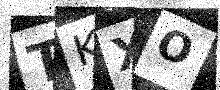
Text: TKXO